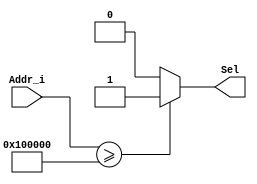
module InstrDecode #(
	parameter MEMORY_DEPTH = 32
)
(
input [(MEMORY_DEPTH-1):0] Addr_i,
output reg Sel
);

always @ (Addr_i) begin 
	if (Addr_i >= 32'h100_000) //RAM starts here, to be modified
		Sel = 1;
	
	else 
		Sel = 0;

end 

endmodule